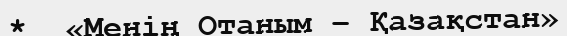
*  «Менің Отаным – Қазақстан»